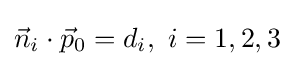
{\vec {n}}_{i}\cdot {\vec {p}}_{0}=d_{i},\ i=1,2,3